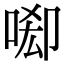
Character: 𠴷